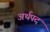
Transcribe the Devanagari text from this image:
अर्थपद